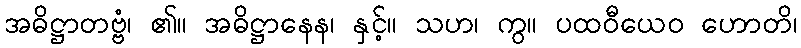
အဓိဋ္ဌာတဗ္ဗံ၊ ၏။ အဓိဋ္ဌာနေန၊ နှင့်။ သဟ၊ ကွ။ ပထဝီယေဝ ဟောတိ၊